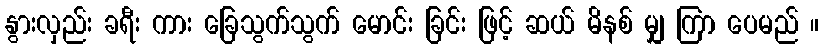
နွားလှည်း ခရီး ကား ခြေသွက်သွက် မောင်း ခြင်း ဖြင့် ဆယ် မိနစ် မျှ ကြာ ပေမည် ။